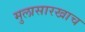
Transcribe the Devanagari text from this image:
मुलासारखाच